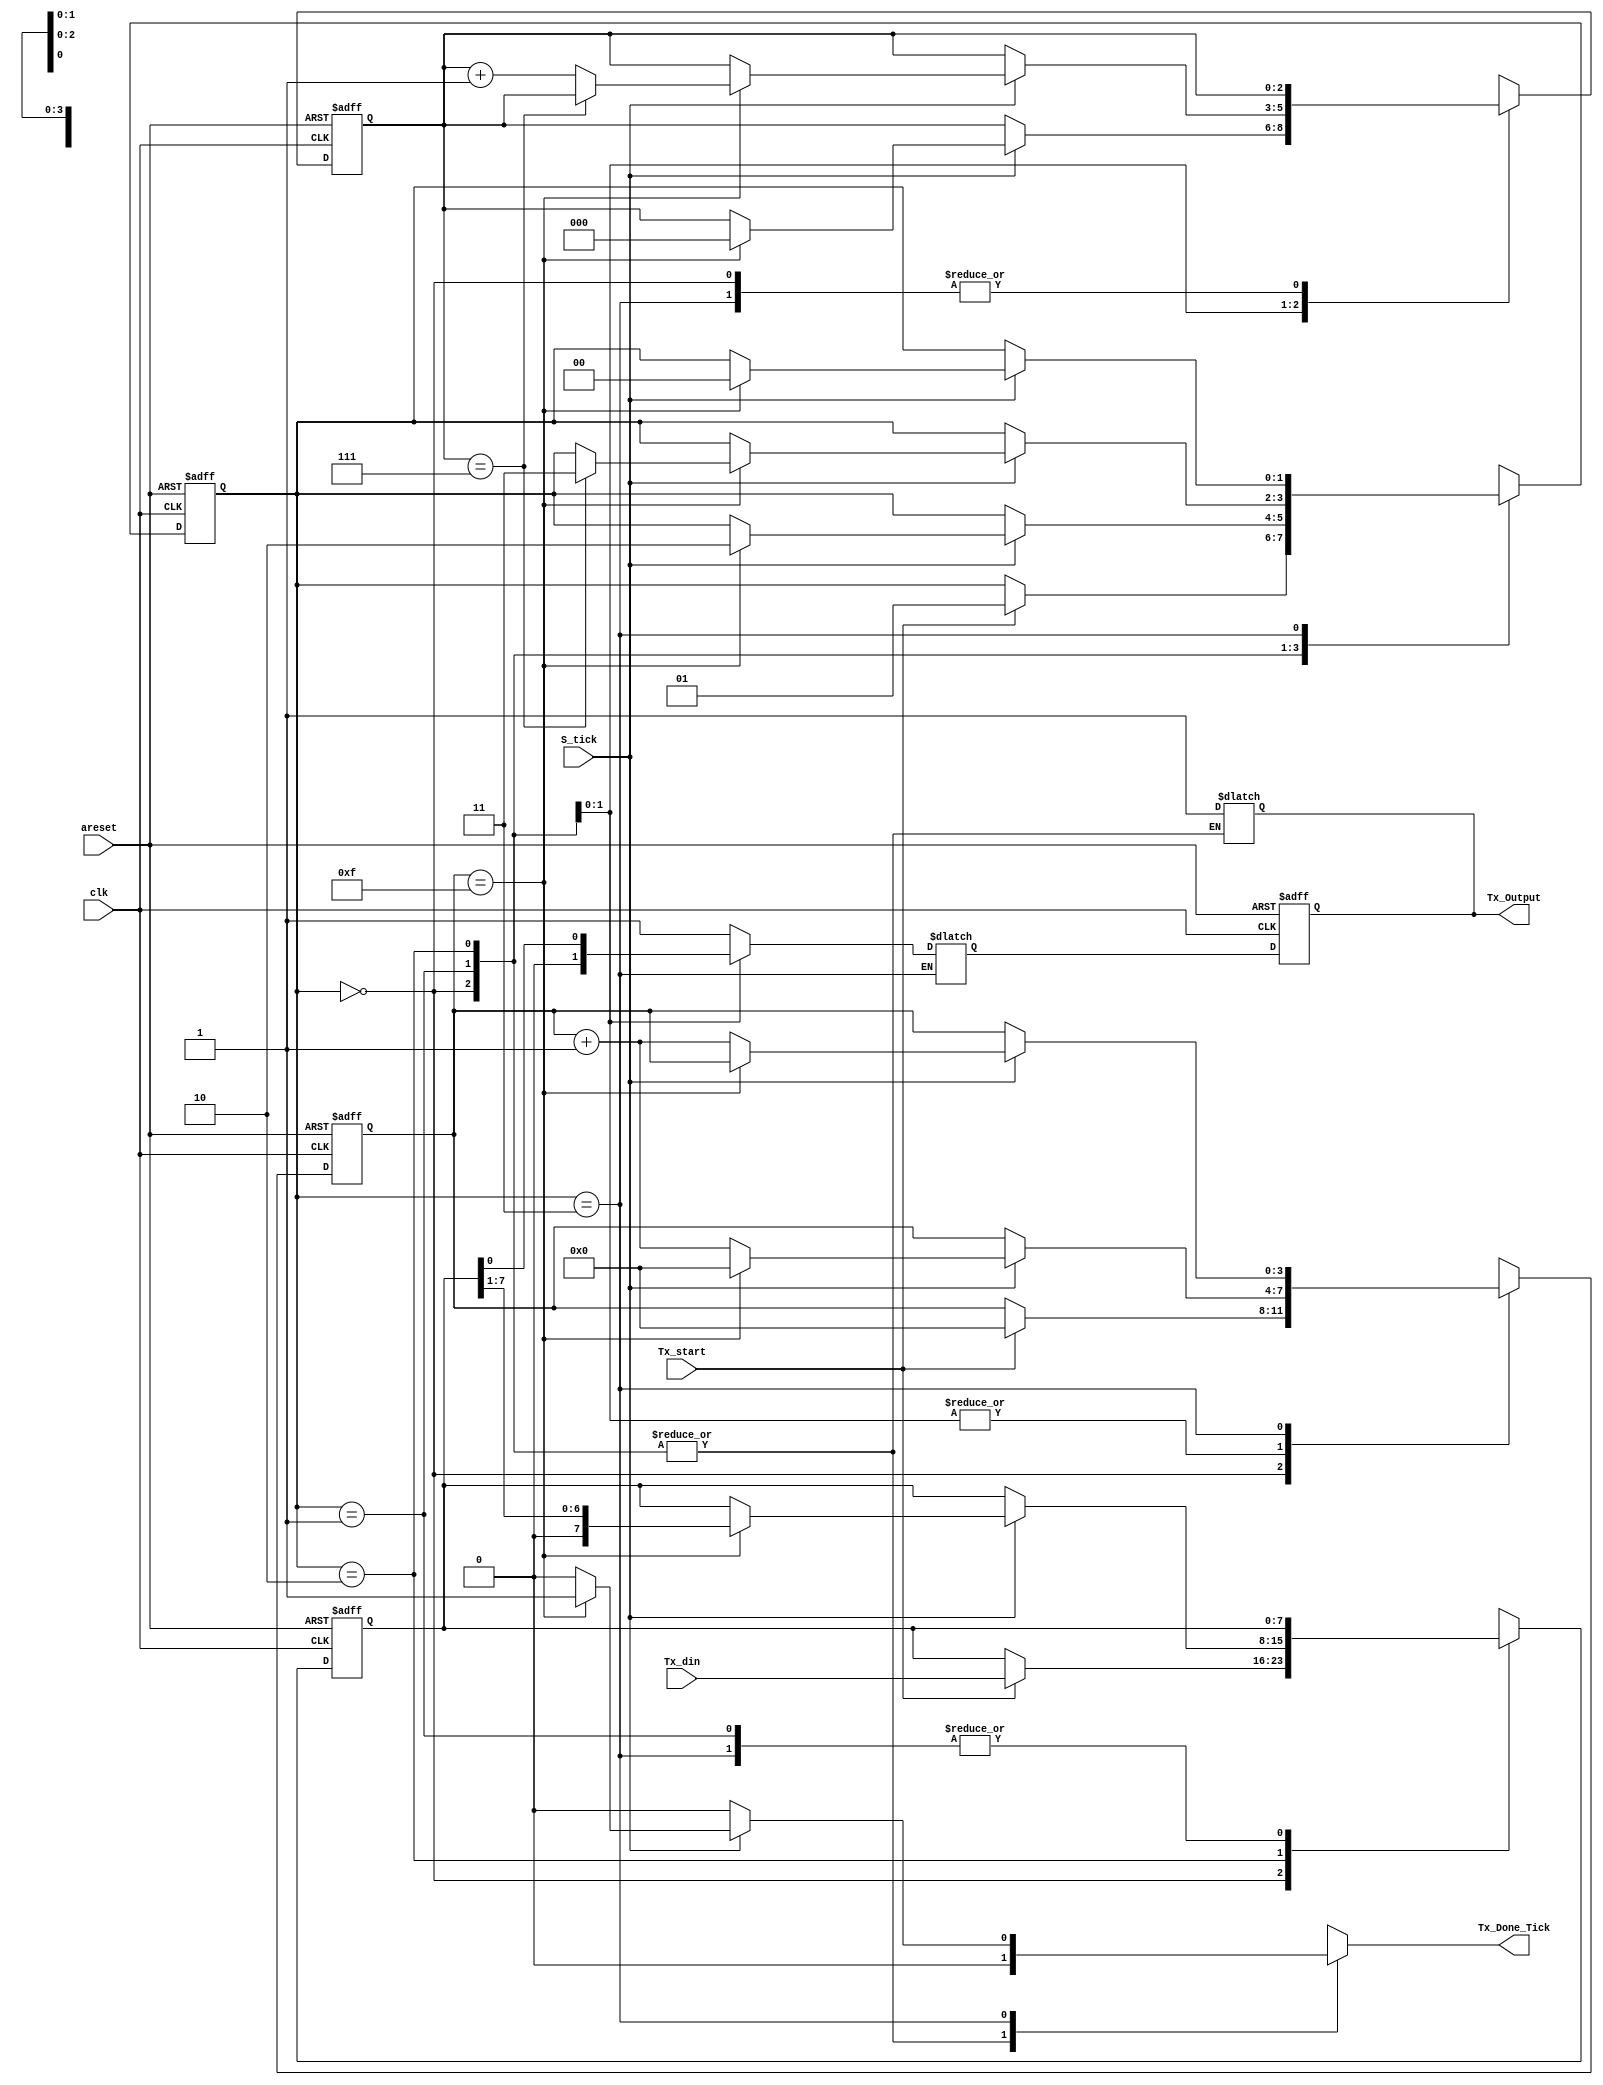
module UART_Tx 
#(parameter DBits = 8,                //data bits
            SB_Ticks = 16             // stop bits
)

(
input clk ,
input areset ,
input S_tick ,
input [DBits-1:0]Tx_din,
input Tx_start,
output reg Tx_Done_Tick,
output Tx_Output
);

localparam idle = 0, start = 1 , 
            data = 2 , stop = 3 ;

reg [1:0]state_reg,state_next;                    //need 2 bits as there are 4 states
reg [3:0]s_reg,s_next;                            //keep tracking of no of ticks (16 tick)
reg [$clog2(DBits)-1:0]n_reg,n_next;              //Keep tracking of no of shifted bits
reg [DBits-1:0]b_reg,b_next;                      //Shift register to store the data 
reg tx_reg,tx_next ;

// Sequential logic for state machine and registers

always @(posedge clk or negedge areset)
begin 
          if(~areset)
                   begin
                       state_reg <= idle;
                       s_reg <= 0;
                       n_reg <= 0;
                       b_reg <= 0; 
                       tx_reg <= 1'b1 ;               // 1 marks idle state 
                   end
           else
                   begin
                     state_reg <=  state_next ;
                     s_reg <= s_next ;
                     n_reg <= n_next ;
                     b_reg <= b_next ; 
                     tx_reg <= tx_next ;
                   end
end

// Combinational logic for state transitions and outputs
always @(*)
begin
          state_next =  state_reg ;
          s_next = s_reg ;
          n_next = n_reg ;
          b_next = b_reg ; 
          Tx_Done_Tick = 1'b0;
           case (state_reg)
                            idle: 
                               begin
                                tx_next = 1'b1;
                                 if(Tx_start == 1)
                                  begin
                                      s_next = 0;
                                      b_next = Tx_din ;
                                      state_next = start ;
                                  end 
                                end
                            start :
                               begin
                                 tx_next = 1'b0; 
                                 if(S_tick == 1)
                                  begin
                                   if(s_reg == 15)
                                      begin
                                       s_next = 0;
                                       n_next = 0;
                                       state_next = data ;
                                      end
                                   else 
                                       s_next = s_reg +1 ;
                                  end
                                end
                             data :
                               begin
                                  tx_next = b_reg[0];
                                  if(S_tick)
                                   begin
                                   if(s_reg == 15) 
                                   begin
                                      s_next = 0;
                                      b_next = {1'b0,b_reg[DBits-1:1]} ;    //shift to right
                                      if(n_reg == DBits-1)
                                       state_next = stop ;
                                      else
                                       n_next = n_reg +1 ;
                                   end
                                   else 
                                        s_next = s_reg +1;
                                   end
                                end
                              stop :
                               begin
                                    tx_reg = 1'b1;
                                     if(S_tick)
                                      begin
                                       if(s_reg == SB_Ticks-1)
                                         begin
                                        Tx_Done_Tick = 1;
                                        state_next = idle ;
                                         end
                                       else 
                                         s_next = s_reg +1 ;
                                      end
                                end
                              default :
                                    state_next = idle ;  
           endcase

end
                            assign Tx_Output = tx_reg ; 
endmodule